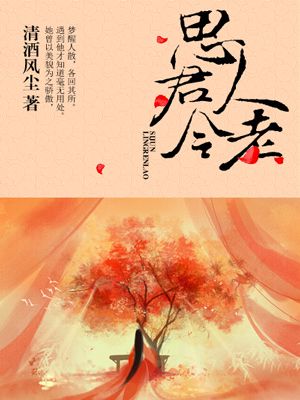
胜概日相与，思君心郁陶。